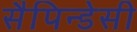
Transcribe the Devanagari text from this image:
सैपिन्डेसी